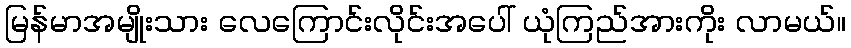
မြန်မာအမျိုးသား လေကြောင်းလိုင်းအပေါ် ယုံကြည်အားကိုး လာမယ်။